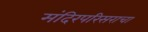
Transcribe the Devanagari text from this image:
मंदिरपरिसराचा